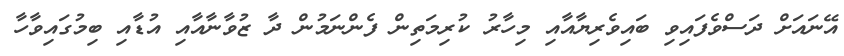
އޭނައަށް ދަސްވެފައިވި ބައިވެރިޔާއާއި މިހާރު ކުރިމަތިން ފެންނަމުން ދާ ޒުވާނާއާއި އުޑާއި ބިމުގައިވާހާ